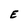
Character: E